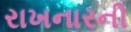
રાખનારની